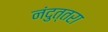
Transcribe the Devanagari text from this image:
नंदुत्तरा